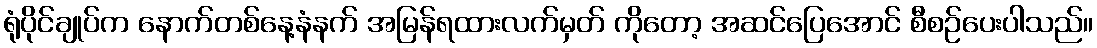
ရုံပိုင်ချုပ်က နောက်တစ်နေ့နံနက် အမြန်ရထားလက်မှတ် ကိုတော့ အဆင်ပြေအောင် စီစဉ်ပေးပါသည်။